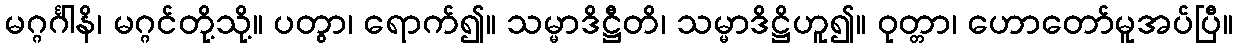
မဂ္ဂင်္ဂါနိ၊ မဂ္ဂင်တို့သို့။ ပတွာ၊ ရောက်၍။ သမ္မာဒိဋ္ဌီတိ၊ သမ္မာဒိဋ္ဌိဟူ၍။ ဝုတ္တာ၊ ဟောတော်မူအပ်ပြီ။